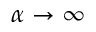
\alpha \to \infty